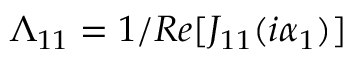
\Lambda _ { 1 1 } = 1 / R e [ J _ { 1 1 } ( i \alpha _ { 1 } ) ]